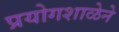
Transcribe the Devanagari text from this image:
प्रयोगशाळेने